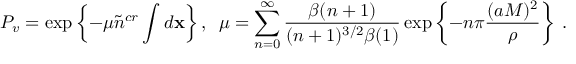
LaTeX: P _ { v } = \exp \left\{ - \mu \tilde { n } ^ { c r } \int d { \bf x } \right\} , \; \; \mu = \sum _ { n = 0 } ^ { \infty } \frac { \beta ( n + 1 ) } { ( n + 1 ) ^ { 3 / 2 } \beta ( 1 ) } \exp \left\{ - n \pi \frac { ( a M ) ^ { 2 } } \rho \right\} \; .